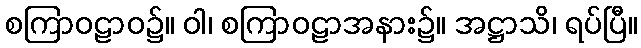
စကြာဝဠာဝ၌။ ဝါ၊ စကြာဝဠာအနား၌။ အဋ္ဌာသိ၊ ရပ်ပြီ။